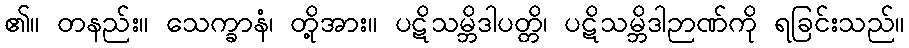
၏။ တနည်း။ သေက္ခာနံ၊ တို့အား။ ပဋိသမ္ဘိဒါပတ္တိ၊ ပဋိသမ္ဘိဒါဉာဏ်ကို ရခြင်းသည်။